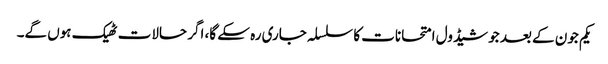
یکم جون کے بعد جو شیڈول امتحانات کا سلسلہ جاری رہ سکے گا، اگر حالات ٹھیک ہوں گے۔